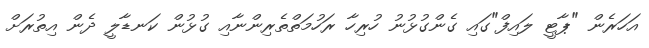
އަހަރެން "ޕާޓީ ލައިފް"ގައި ގެންގުޅުނު ހުރިހާ ރަހުމަތްތެރިންނާއި ގުޅުން ކަނޑާލީ ދެން އިތުރަށް